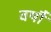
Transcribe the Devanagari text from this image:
वर्षौं